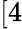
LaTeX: [4